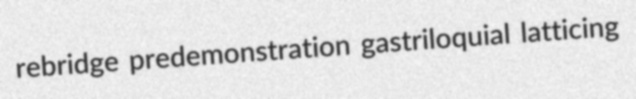
rebridge predemonstration gastriloquial latticing